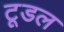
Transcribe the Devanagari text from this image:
टूडल